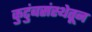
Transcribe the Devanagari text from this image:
कुटुंबसंस्थेतून